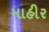
માહીર